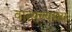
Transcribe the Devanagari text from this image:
वात्सल्यमय